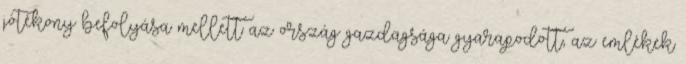
jótékony befolyása mellett az ország gazdagsága gyarapodott, az emlékek